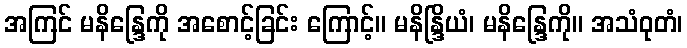
အကြင် မနိန္ဒြေကို အစောင့်ခြင်း ကြောင့်။ မနိန္ဒြိယံ၊ မနိန္ဒြေကို။ အသံဝုတံ၊